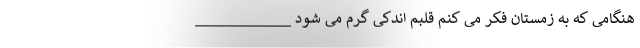
هنگامی که به زمستان فکر می کنم قلبم اندکی گرم می شود ____________